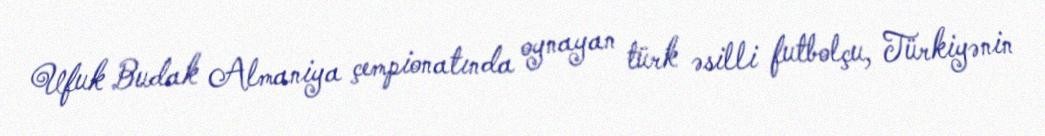
Ufuk Budak Almaniya çempionatında oynayan türk əsilli futbolçu, Türkiyənin